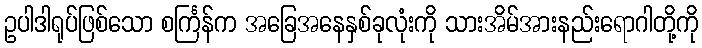
ဥပါဒါရုပ်ဖြစ်သော စင်္ကြန်က အခြေအနေနှစ်ခုလုံးကို သားအိမ်အားနည်းရောဂါတို့ကို